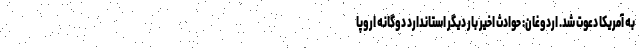
به آمریکا دعوت شد. اردوغان: حوادث اخیر بار دیگر استاندارد دوگانه اروپا